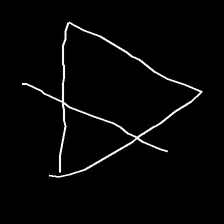
Glyph: empower